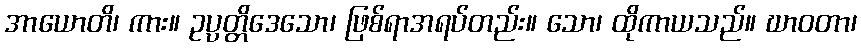
အာယောတိ၊ ကား။ ဥပ္ပတ္တိဒေသော၊ ဖြစ်ရာအရပ်တည်း။ သော၊ ထိုကာယသည်။ ဃာဝတာ၊